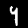
Label: 9